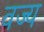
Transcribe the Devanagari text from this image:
वज्य